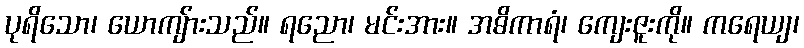
ပုရိသော၊ ယောကျ်ားသည်။ ရညော၊ မင်းအား။ အဓိကာရံ၊ ကျေးဇူးကို။ ကရေယျ၊